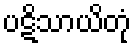
ပဋိသာယိတုံ